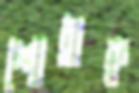
শোধ্‌রাক